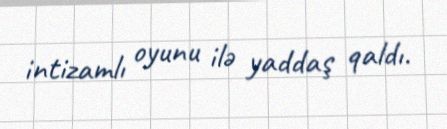
intizamlı oyunu ilə yaddaş qaldı.